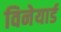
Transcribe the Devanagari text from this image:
विनेयार्ड